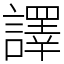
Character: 譯